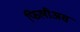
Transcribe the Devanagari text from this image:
फिलीअस